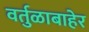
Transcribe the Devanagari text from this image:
वर्तुळाबाहेर